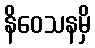
နိဝေသနမှိ